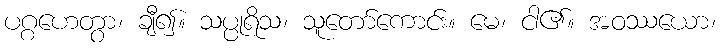
ပဂ္ဂဟေတွာ၊ ချီ၍။ သပ္ပုရိသ၊ သူတော်ကောင်း။ မေ၊ ငါ၏။ အဝဿယော၊